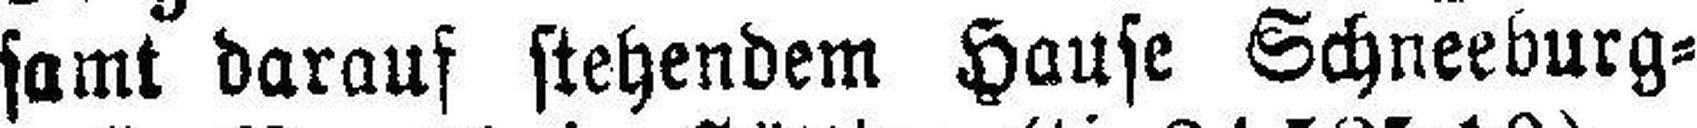
samt darauf stehendem Hause Schneeburg¬